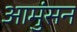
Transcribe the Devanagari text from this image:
आमुंसन